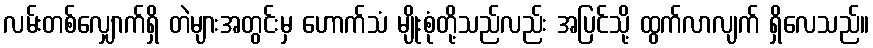
လမ်းတစ်လျှောက်ရှိ တဲများအတွင်းမှ ဟောက်သံ မျိုးစုံတို့သည်လည်း အပြင်သို့ ထွက်လာလျက် ရှိလေသည်။